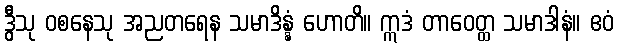
ဒွီသု ဝစနေသု အညတရေန သမာဒိန္နံ ဟောတိ။ ဣဒံ တာဝေတ္ထ သမာဒါနံ။ ဧဝံ